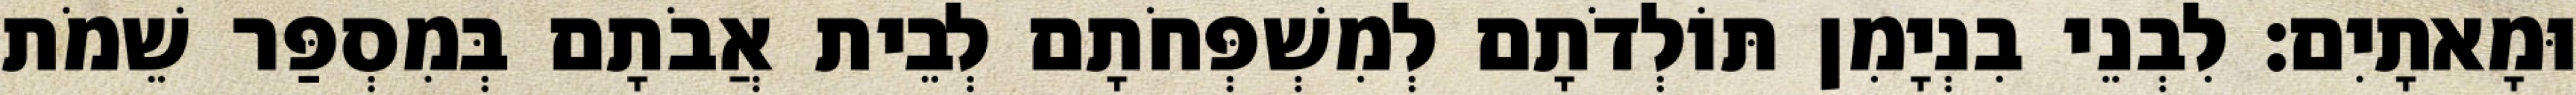
וּמָאתָיִם׃ לִבְנֵי בִנְיָמִן תּוֹלְדֹתָם לְמִשְׁפְּחֹתָם לְבֵית אֲבֹתָם בְּמִסְפַּר שֵׁמֹת